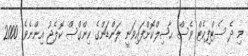
މި ދެ ސެޓްފިކެޓް ވެސް ޙާޞިލްކޮށްފައިވަނީ ލަންޑަންގެ ކިންގްސް ކޮލެޖު އިންނެވެ. 2000